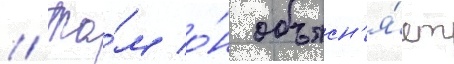
// Та́м о́н объясн'я́ет